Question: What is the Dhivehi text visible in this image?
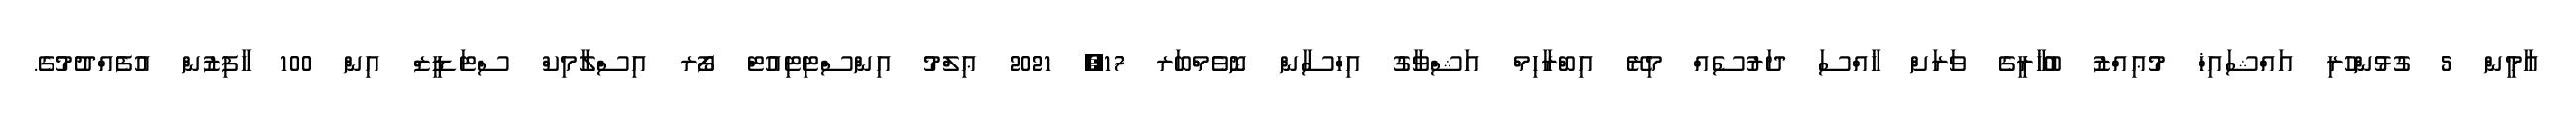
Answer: އާމީން 5 ގުޅުންހުރި އައްޝައިޚް މުޢިއްޒު ބުޚާރީގެ ވަރަށް ޚާއްސަ ދަރުސެއް މިރޭ އިބްރާހިމް އަޝްވާގު އިހްސާން ނޮވެމްބަރ 17, 2021 ޢިލްމު އިންސްޓިޓިއުޓް ފޯރ އިސްލާމިކް ސްޓަޑީޒް އިން 100 ހާފިޒުން އުފެއްދުމުގެ.